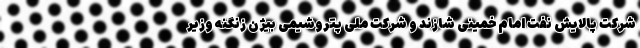
شرکت پالایش نفت امام خمینی شازند و شرکت ملی پتروشیمی بیژن زنگنه وزیر